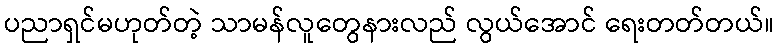
ပညာရှင်မဟုတ်တဲ့ သာမန်လူတွေနားလည် လွယ်အောင် ရေးတတ်တယ်။